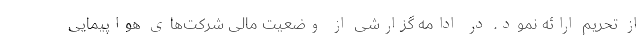
از تحریم ارائه نمود. در ادامه گزارشی از وضعیت مالی شرکت‌های هواپیمایی